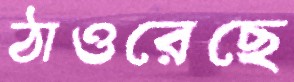
ঠাওরেছে